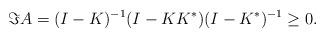
LaTeX: \begin{align*}\Im A = (I-K)^{-1}(I-KK^*)(I-K^*)^{-1} \geq 0.\end{align*}